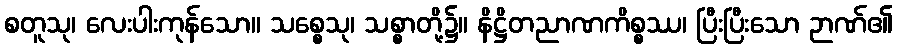
စတူသု၊ လေးပါးကုန်သော။ သစ္စေသု၊ သစ္စာတို့၌။ နိဋ္ဌိတညာဏကိစ္စဿ၊ ပြီးပြီးသော ဉာဏ်၏